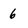
Character: 6